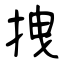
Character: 拽